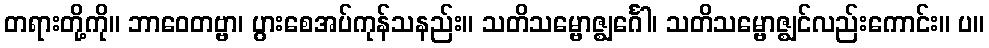
တရားတို့ကို။ ဘာဝေတဗ္ဗာ၊ ပွားစေအပ်ကုန်သနည်း။ သတိသမ္ဗောဇ္ဈင်္ဂေါ၊ သတိသမ္ဗောဇ္ဈင်လည်းကောင်း။ ပ။